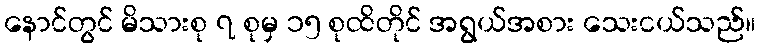
နောင်တွင် မိသားစု ၇ စုမှ ၁၅ စုထိတိုင် အရွယ်အစား သေးငယ်သည်။